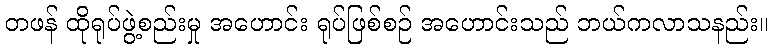
တဖန် ထိုရုပ်ဖွဲ့စည်းမှု အဟောင်း ရုပ်ဖြစ်စဉ် အဟောင်းသည် ဘယ်ကလာသနည်း။